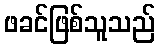
ဖခင်ဖြစ်သူသည်